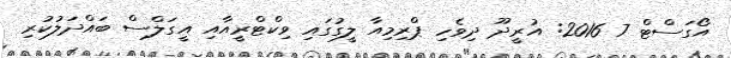
އޯގަސްޓް 7 2016: އުރީދޫ ދިވެހި ޕްރިމިއާ ލީގުގައި ވިކްޓްރީއާއި އީގަލްސް ބައްދަލުކުރި